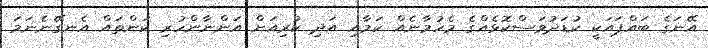
އޭނަގެ ބައްޕައަކީ ކުޑަދުވަސްކޮޅެއްގެ މެހުމާނެއް ކަމާއި އަދި ކުރިއަށް އަންނާންހުރި ކަންތައް އެނގޭނެނަމަ